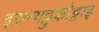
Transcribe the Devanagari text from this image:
इरुन्गट्टुकोट्टाइ